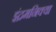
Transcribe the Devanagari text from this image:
इंद्रमनिक्या